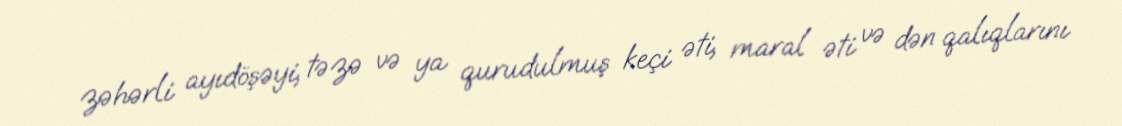
zəhərli ayıdöşəyi, təzə və ya qurudulmuş keçi əti, maral əti və dən qalıqlarını